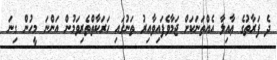
ދެ ފަރާތުގެ ޢާއިލާ އެއްތަނަކަށް ޖަމާވެފައިވާއިރު ތަނުގައި ހަރަކާތްތެރިވަމުން އަންނަ މީހުން ގިނަ